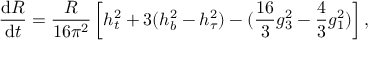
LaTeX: \frac { \mathrm { d } R } { \mathrm { d } t } = \frac { R } { 1 6 \pi ^ { 2 } } \left[ h _ { t } ^ { 2 } + 3 ( h _ { b } ^ { 2 } - h _ { \tau } ^ { 2 } ) - ( \frac { 1 6 } { 3 } g _ { 3 } ^ { 2 } - \frac { 4 } { 3 } g _ { 1 } ^ { 2 } ) \right] ,